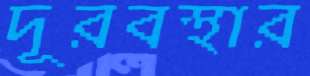
দূরবস্থার